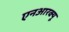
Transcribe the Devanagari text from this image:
एनआरक्यू